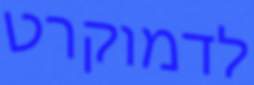
לדמוקרט